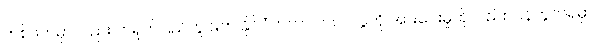
တစ်ဖက်မှာလည်း တရုတ်ပြည်တွင်းက နိုင်ငံတကာ ကလပ်ပွဲကို အားပေးမှုကိုလည်း ပြန်တွက်ရမှာ